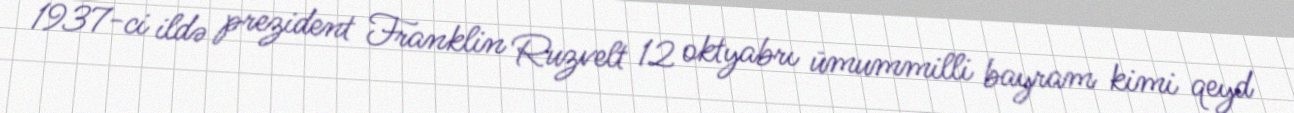
1937-ci ildə prezident Franklin Ruzvelt 12 oktyabrı ümummilli bayram kimi qeyd